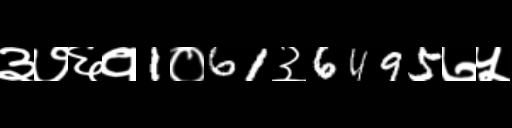
Text: ३७६१1०61३6495७५